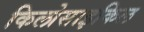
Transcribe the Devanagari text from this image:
किलोसाइकिल